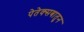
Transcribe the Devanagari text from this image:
पेतेक्सबातुन